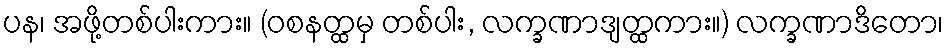
ပန၊ အဖို့တစ်ပါးကား။ (ဝစနတ္ထမှ တစ်ပါး, လက္ခဏာဒျတ္ထကား။) လက္ခဏာဒိတော၊